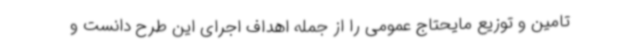
تامین و توزیع مایحتاج عمومی را از جمله اهداف اجرای این طرح دانست و